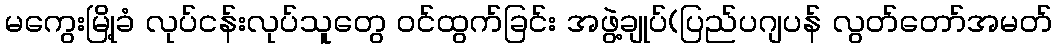
မကွေးမြို့ခံ လုပ်ငန်းလုပ်သူတွေ ဝင်ထွက်ခြင်း အဖွဲ့ချုပ်(ပြည်ပဂျပန် လွတ်တော်အမတ်